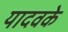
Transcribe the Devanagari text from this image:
यादवके